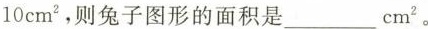
10 cm²，则兔子图形的面积是___ cm^{2}。